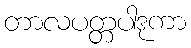
တာလပတ္တပါဒုကာ